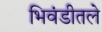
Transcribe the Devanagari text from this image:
भिवंडीतले